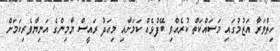
ހިތްވަރާ އަޒުމުގައި މަސައްކަތް ކުރެއްވި ބޭފުޅެއް ކަމަށާއި މިއަދު ރައީސް ޔާމިންގެ އަނިޔާވެރިކަމަށް